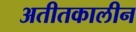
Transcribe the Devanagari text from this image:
अतीतकालीन